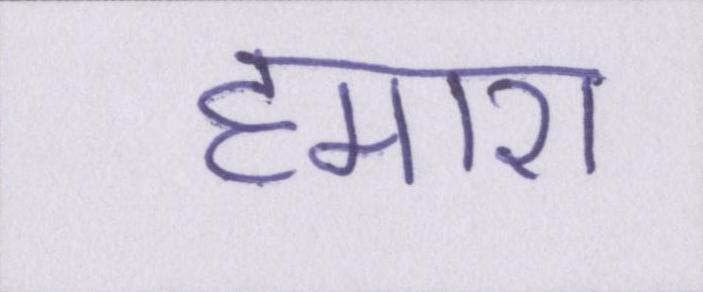
हमारा